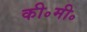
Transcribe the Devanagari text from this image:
की॰मी॰